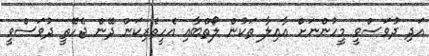
އަދި ދުވަސްވީ މީހުންނަށް އާއިލާ ތަކުން ލޯތްބާއި އެހީތެރިކަން ދޭން ޖެހޭތީ ދުވަސްވީ